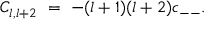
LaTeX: C _ { l , l + 2 } \ = \ - ( l + 1 ) ( l + 2 ) c _ { -- } .